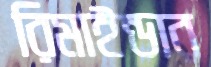
রিমাইন্ডার